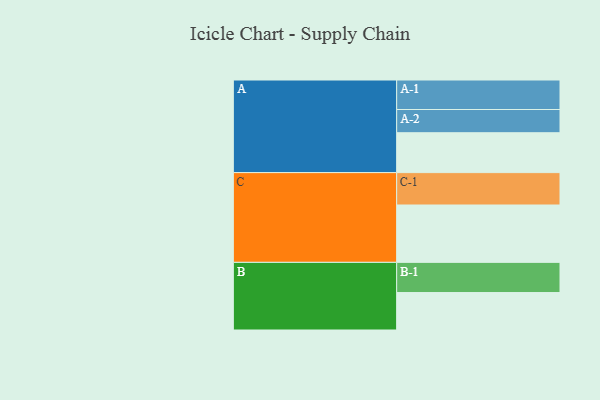
{"axis": {"x": "Segment", "y": "Value"}, "legend": ["", "A", "B", "C"], "data": [{"x": "A", "y": 361, "type": ""}, {"x": "B", "y": 339, "type": ""}, {"x": "C", "y": 519, "type": ""}, {"x": "A-1", "y": 267, "type": "A"}, {"x": "A-2", "y": 210, "type": "A"}, {"x": "B-1", "y": 273, "type": "B"}, {"x": "C-1", "y": 293, "type": "C"}]}